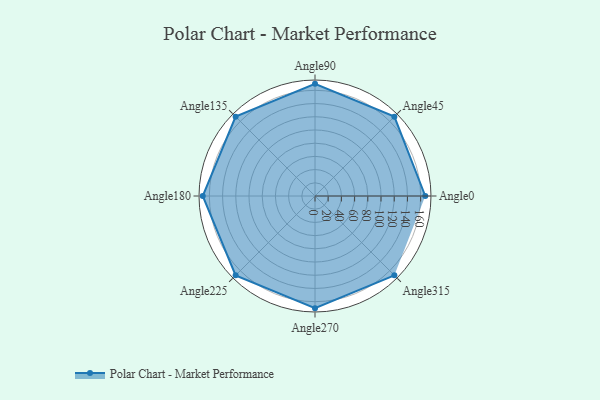
{"axis": {"x": "Angle", "y": "Radius"}, "legend": [""], "data": [{"x": "Angle0", "y": 167.0, "type": ""}, {"x": "Angle45", "y": 170, "type": ""}, {"x": "Angle90", "y": 170, "type": ""}, {"x": "Angle135", "y": 170, "type": ""}, {"x": "Angle180", "y": 170, "type": ""}, {"x": "Angle225", "y": 170, "type": ""}, {"x": "Angle270", "y": 170, "type": ""}, {"x": "Angle315", "y": 170, "type": ""}]}